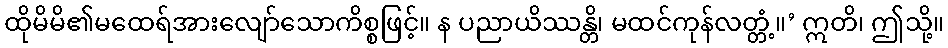
ထိုမိမိ၏မထေရ်အားလျော်သောကိစ္စဖြင့်။ န ပညာယိဿန္တိ၊ မထင်ကုန်လတ္တံ့။’ ဣတိ၊ ဤသို့။